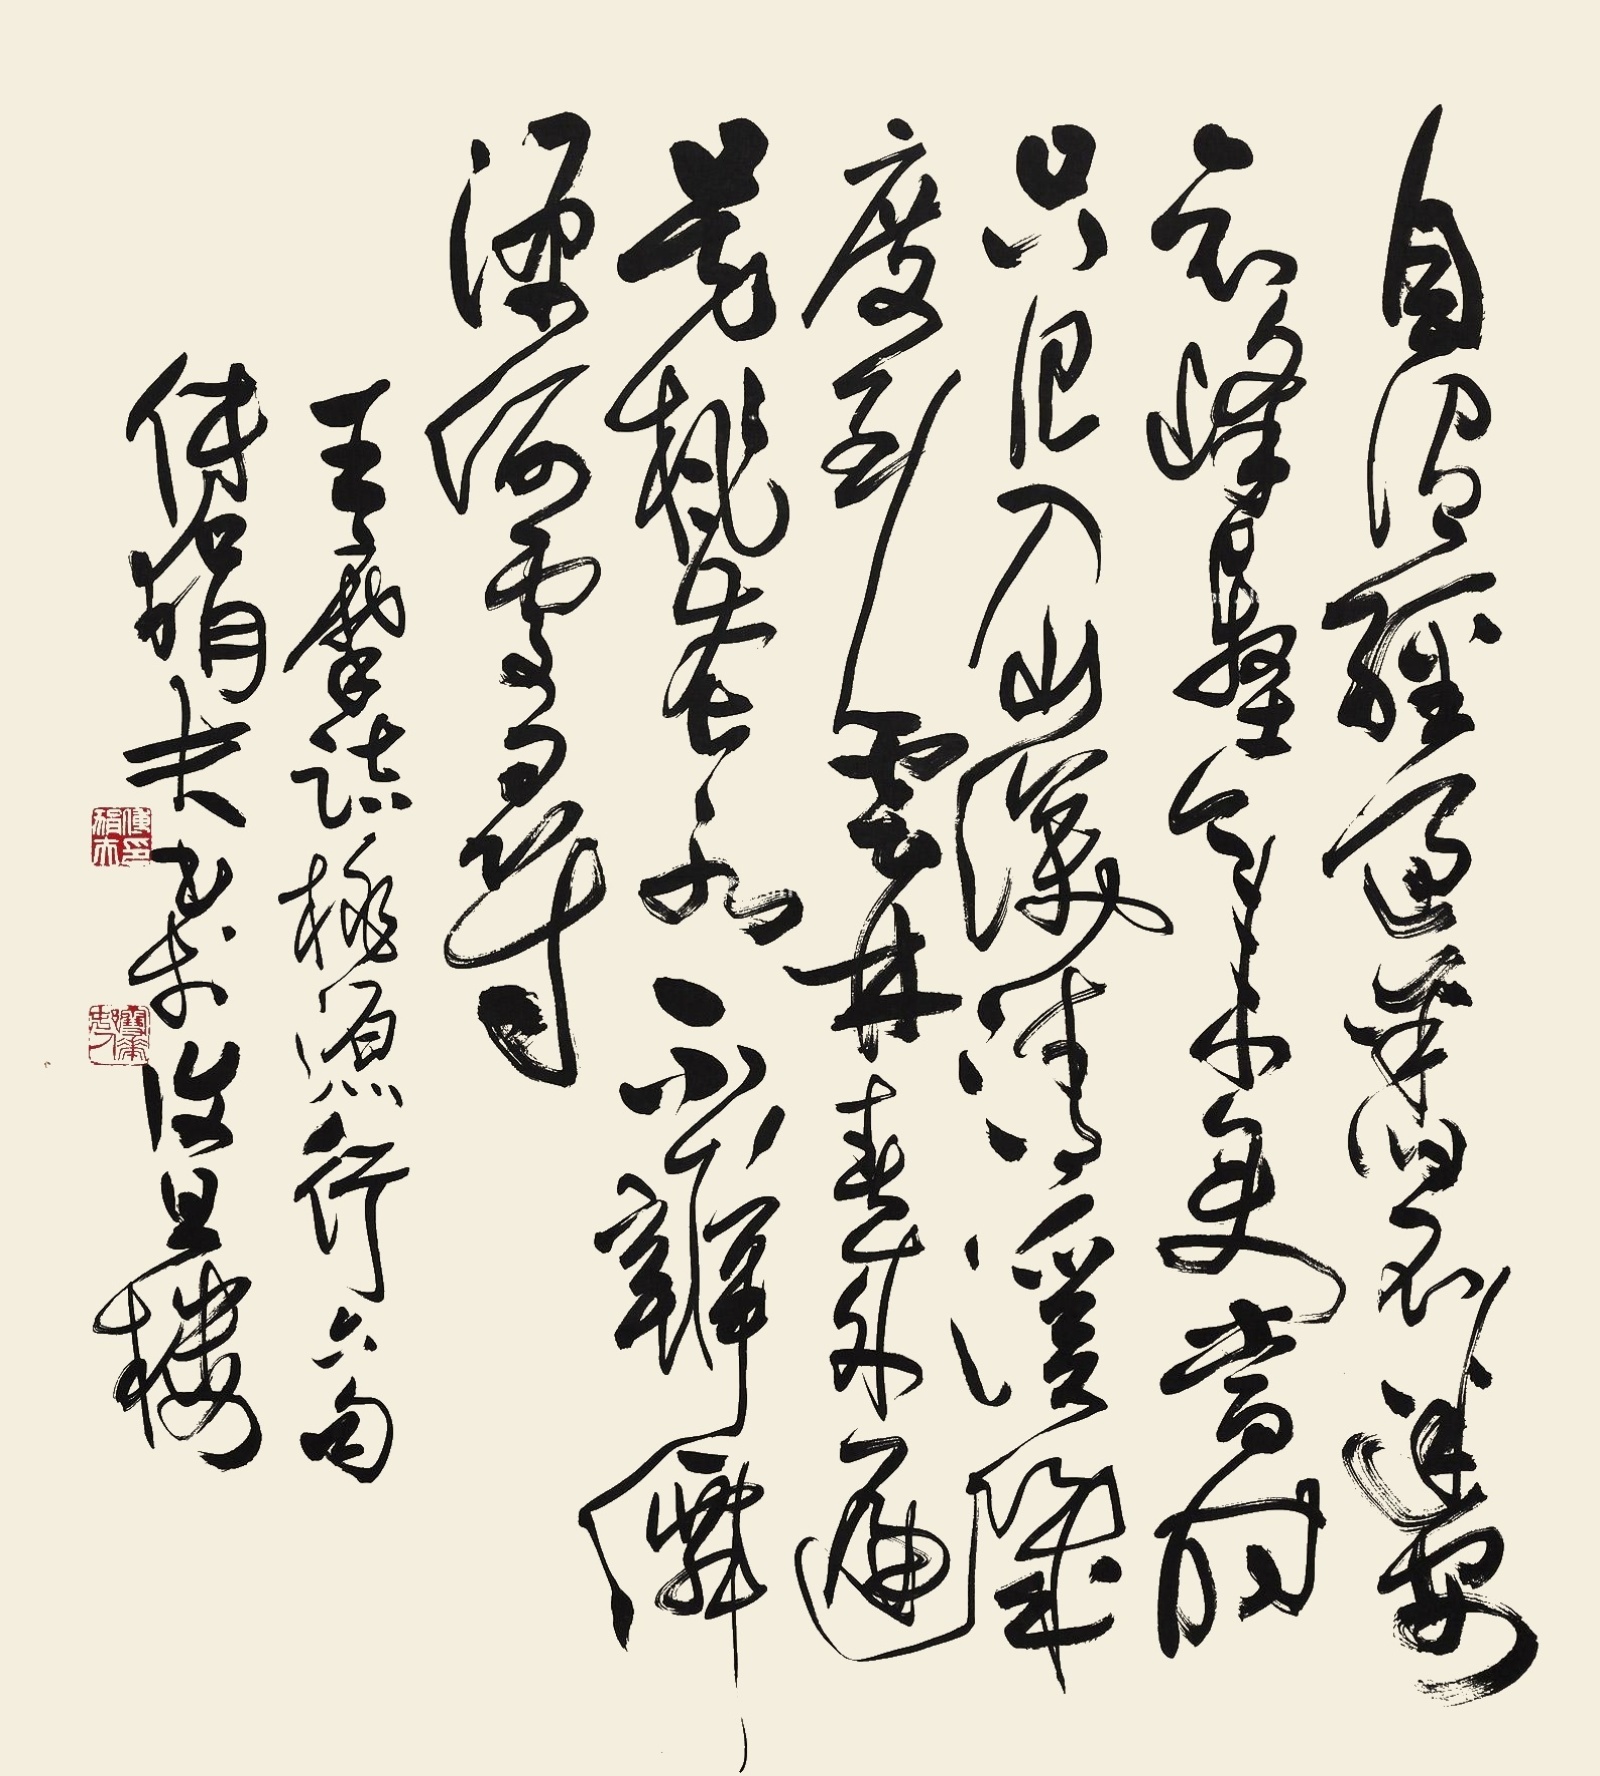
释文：自谓经过旧不迷，安知峰壑今来变。当时只记入山深，清溪几曲到云林。春外遍是桃花水，不辨仙源何处寻。王摩诘桃源行六句，傅狷夫书于复旦楼。